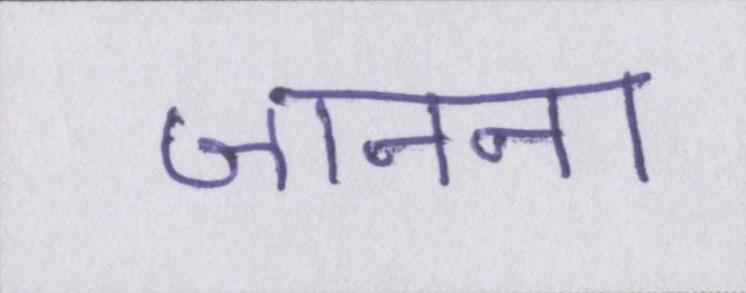
जानना